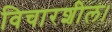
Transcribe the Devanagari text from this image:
विचारशील।